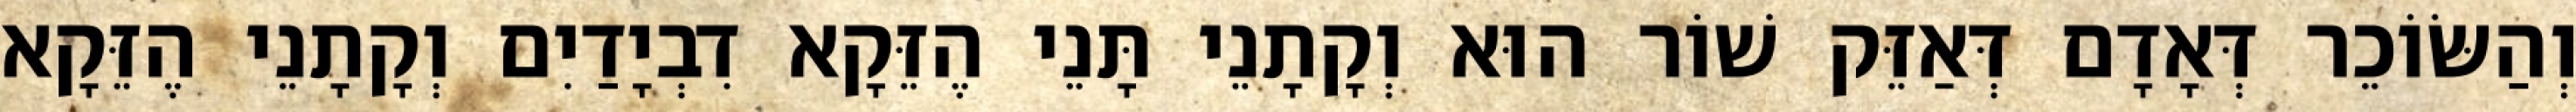
וְהַשּׂוֹכֵר דְּאָדָם דְּאַזֵּק שׁוֹר הוּא וְקָתָנֵי תָּנֵי הֶזֵּקָא דִבְיָדַיִם וְקָתָנֵי הֶזֵּקָא